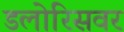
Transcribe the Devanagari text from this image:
डलोरिसवर